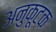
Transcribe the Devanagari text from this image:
अनुकूटक